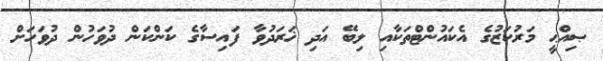
ޞިއްޙީ މަރުކަޒުގެ އެކައުންޓްތަކާއި ލިބޭ އަދި ޚަރަދުވާ ފައިސާގެ ކަންކަން ދުވަހުން ދުވަހަށް